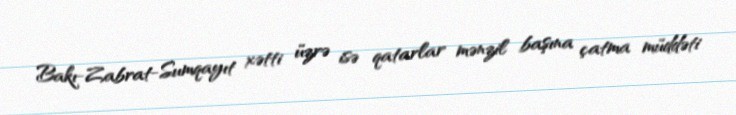
Bakı-Zabrat-Sumqayıt xətti üzrə isə qatarlar mənzil başına çatma müddəti